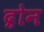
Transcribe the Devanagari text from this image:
द्रोन